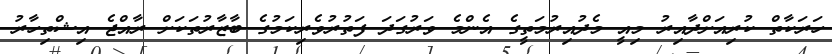
ހަރަކާތް ކުރިއަށްދާއިރު މިއީ މެދުއިރުމަތީގެ އެންމެ ވަރުގަދަ ފަތުރުވެރިކަމުގެ ބާޒާރުތަކަށް ރާއްޖެ އިޝްތިހާރު